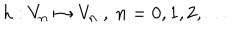
h : V _ { n } \mapsto V _ { n } \ , \ n = 0 , 1 , 2 , \ldots